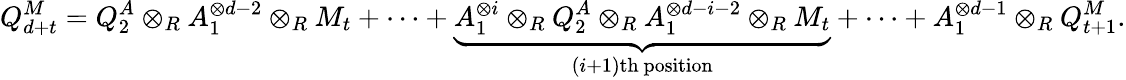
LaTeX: Q_{d+t}^{M}=Q_{2}^{A}\otimes_{R}A_{1}^{\otimes d-2}\otimes_{R}M_{t}+\cdots+\underbrace{A_{1}^{\otimes i}\otimes_{R}Q_{2}^{A}\otimes_{R}A_{1}^{\otimes d-i-2}\otimes_{R}M_{t}}_{(i+1)\mathrm{th~position}}+\cdots+A_{1}^{\otimes d-1}\otimes_{R}Q_{t+1}^{M}.